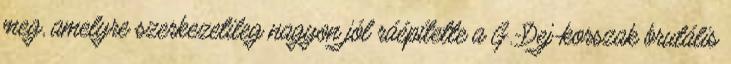
meg, amelyre szerkezetileg nagyon jól ráépítette a G.-Dej-korszak brutális